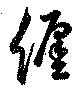
纒